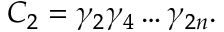
C _ { 2 } = \gamma _ { 2 } \gamma _ { 4 } \ldots \gamma _ { 2 n } .